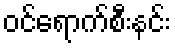
ဝင်ရောက်စီးနင်း